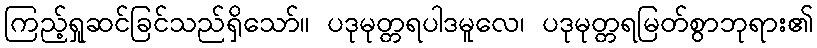
ကြည့်ရှုဆင်ခြင်သည်ရှိသော်။ ပဒုမုတ္တရပါဒမူလေ၊ ပဒုမုတ္တရမြတ်စွာဘုရား၏